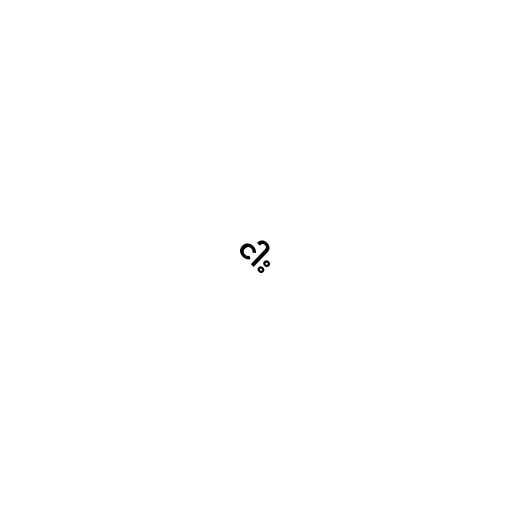
ငါး